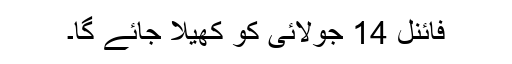
فائنل 14 جولائی کو کھیلا جائے گا۔